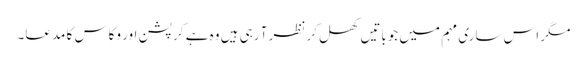
مگر اس ساری مہم میں جوباتیں کھل کر نظر آ رہی ہیں وہ ہے کرپشن اور وکاس کا مدعا۔